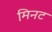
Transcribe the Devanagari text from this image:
मिनट